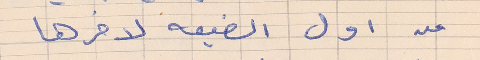
من اول الضيعه لاخرها